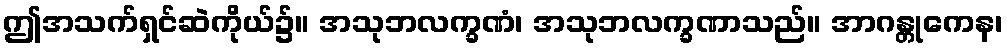
ဤအသက်ရှင်ဆဲကိုယ်၌။ အသုဘလက္ခဏံ၊ အသုဘလက္ခဏာသည်။ အာဂန္တုကေန၊